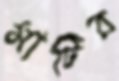
মাটির